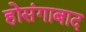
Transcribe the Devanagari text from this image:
होसंगाबाद